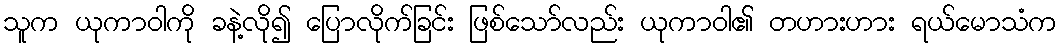
သူက ယုကာဝါကို ခနဲ့လို၍ ပြောလိုက်ခြင်း ဖြစ်သော်လည်း ယုကာဝါ၏ တဟားဟား ရယ်မောသံက